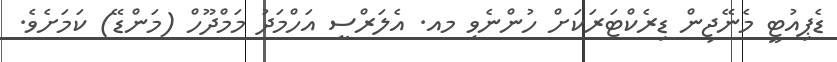
ޑެޕިއުޓީ މެނޭޖިން ޑިރެކްޓަރަކަށް ހުންނެވި މއ. އެލަރްސީ އަހްމަދު މަމްދޫހް (މަންޑޭ) ކަމަށެވެ.